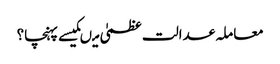
معاملہ عدالت عظمیٰ میںکیسے پہنچا؟